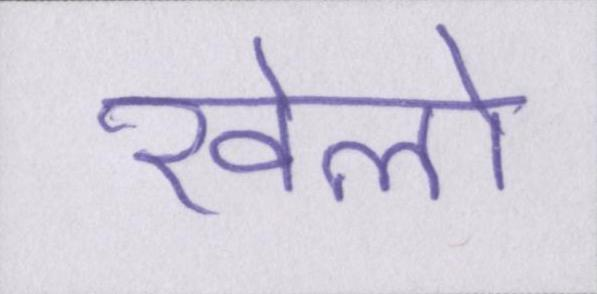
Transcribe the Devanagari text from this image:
खेलो